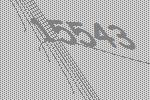
15543